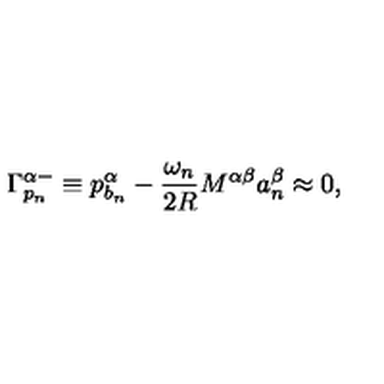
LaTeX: \Gamma _ { p _ { n } } ^ { \alpha - } \equiv p _ { b _ { n } } ^ { \alpha } - \frac { \omega _ { n } } { 2 R } M ^ { \alpha \beta } a _ { n } ^ { \beta } \approx 0 , \,